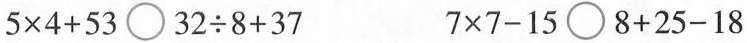
$$5\times4+53\bigcirc 32 \div8+37$$ $$7\times7-15\bigcirc 8+25-18$$